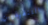
التنفيذيين